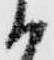
か